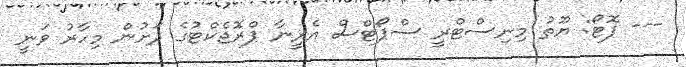
--- ފޮޓޯ: ޔޫތު މިނިސްޓްރީ ސްޕޯޓްސް އެރީނާ ޕްރޮޖެކްޓުގެ ދަށުން މިހާރު ވަނީ